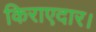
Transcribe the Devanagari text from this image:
किराएदार।